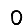
Digit: 0